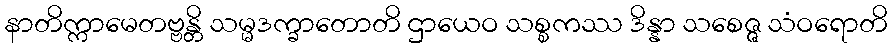
နာတိက္ကာမေတဗ္ဗန္တိ သမ္မဒက္ခာတောတိ ဌာယေဝ သစ္စကဿ ဒိန္နာ သစေဇ္ဇ သံဝရောတိ